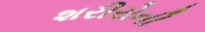
શરીરોની